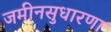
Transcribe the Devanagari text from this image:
जमीनसुधारणा